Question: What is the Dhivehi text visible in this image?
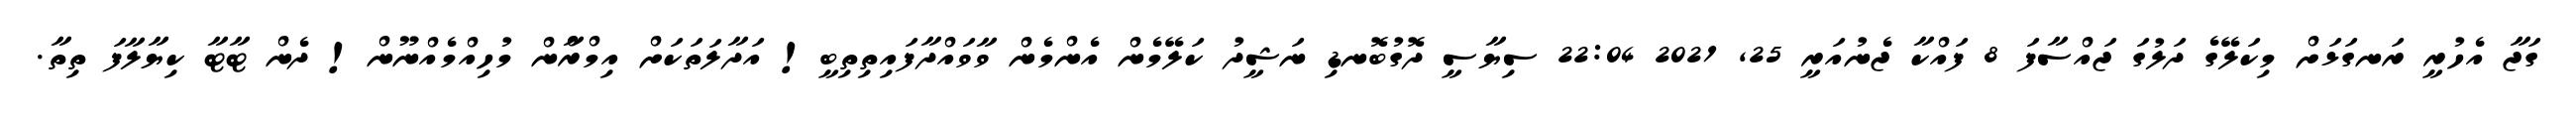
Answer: ގަޖާ އެހުރީ ރަނގަޅަށް މިކަލޭގެ ދަލުގަ ޖައްސާފަ 8 ފައްކާ ޖެނުއަރީ 25, 2021 22:04 ސިޔާސީ ދޮގުބޮނޑި ނަޝީދު ކަލޭމެން އެންމެން ވާވައްދާފައިތިތިބީ! އަދާލަތަކަށް އިމްރާްން މުހިއްމެއްނޫން! ދެން ޓާޓާ ކިޔާލާފަ ތިތާ.